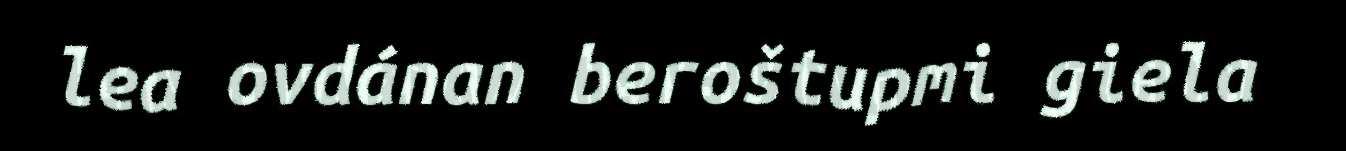
lea ovdánan beroštupmi giela